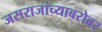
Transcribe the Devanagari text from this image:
जसराजांच्याबरोबर